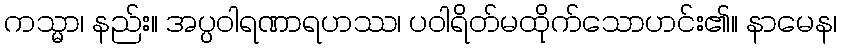
ကသ္မာ၊ နည်း။ အပ္ပဝါရဏာရဟဿ၊ ပဝါရိတ်မထိုက်သောဟင်း၏။ နာမေန၊